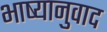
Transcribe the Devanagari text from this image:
भाष्यानुवाद